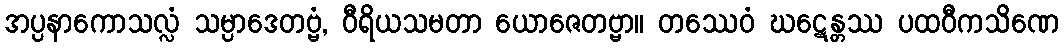
အပ္ပနာကောသလ္လံ သမ္ပာဒေတဗ္ဗံ, ဝီရိယသမတာ ယောဇေတဗ္ဗာ။ တဿေဝံ ဃဋေန္တဿ ပထဝီကသိဏေ